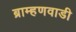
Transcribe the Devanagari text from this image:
ब्राम्हणवाडी